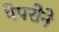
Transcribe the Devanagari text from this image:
पेपरोने